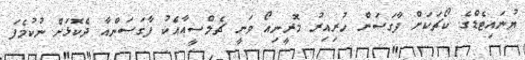
ޔުނައިޓެޑްގެ ކޯޗަކަށް ފާގަސަންް ހުރިއިރު މޮރީނިއޯ ވަނީ ޗެލްސީއާއެކު ފާގަސަންއާ ދެކޮޅަށް ނުކުމެފަ